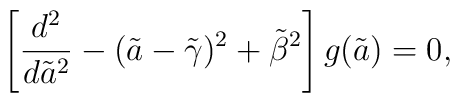
\left [ {d^2\over d{\tilde a}^2} -(\tilde a-{\tilde \gamma})^2 + {\tilde \beta}^2 \right]g(\tilde a) = 0,